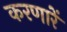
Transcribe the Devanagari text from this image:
करणारें